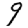
Digit: 9